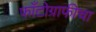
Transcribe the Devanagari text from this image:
फाँटोग्राफीचा